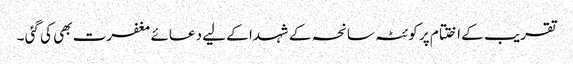
تقریب کے اختتام پر کوئٹہ سانحہ کے شہدا کے لیے دعائے مغفرت بھی کی گئی ۔